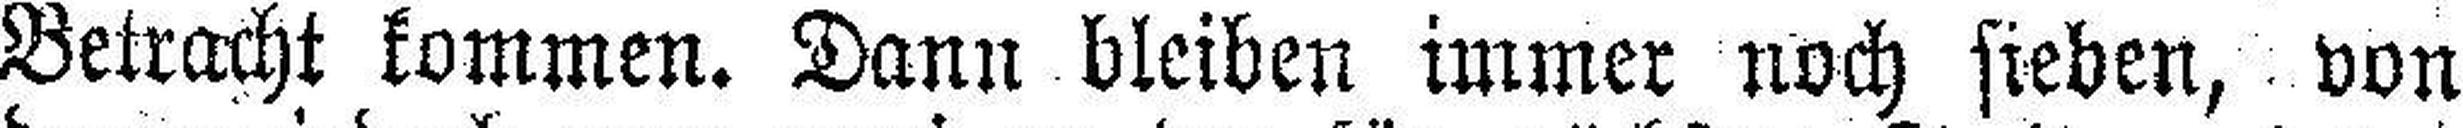
Betracht kommen. Dann bleiben immer noch sieben, von